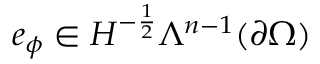
e _ { \phi } \in H ^ { - \frac { 1 } { 2 } } \Lambda ^ { n - 1 } ( \partial \Omega )